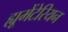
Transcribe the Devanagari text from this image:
ह्यूमेंटेरियन